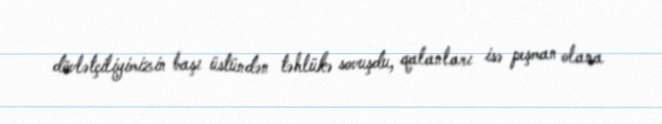
dövlətçiliyimizin başı üstündən təhlükə sovuşdu, qalanları isə peşman olana